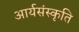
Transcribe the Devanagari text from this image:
आर्यसंस्कृति